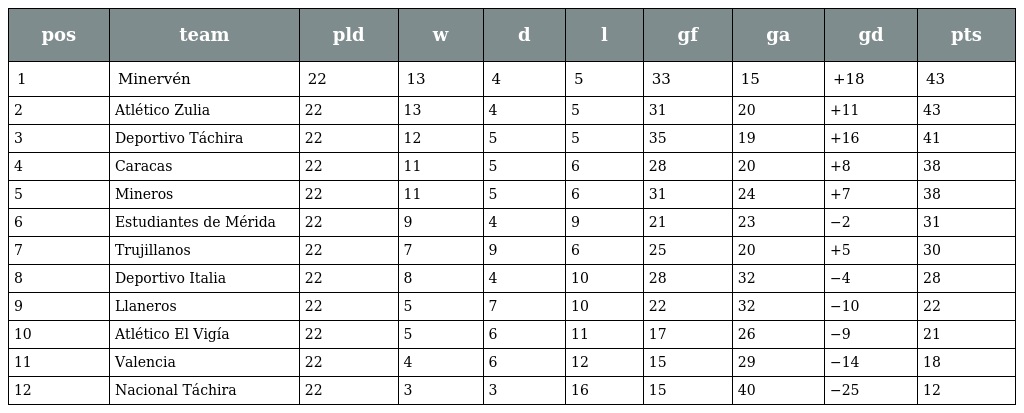
| pos | team | pld | w | d | l | gf | ga | gd | pts |
 | --- | --- | --- | --- | --- | --- | --- | --- | --- | --- |
 | 1 | Minervén | 22 | 13 | 4 | 5 | 33 | 15 | +18 | 43 |
 | 2 | Atlético Zulia | 22 | 13 | 4 | 5 | 31 | 20 | +11 | 43 |
 | 3 | Deportivo Táchira | 22 | 12 | 5 | 5 | 35 | 19 | +16 | 41 |
 | 4 | Caracas | 22 | 11 | 5 | 6 | 28 | 20 | +8 | 38 |
 | 5 | Mineros | 22 | 11 | 5 | 6 | 31 | 24 | +7 | 38 |
 | 6 | Estudiantes de Mérida | 22 | 9 | 4 | 9 | 21 | 23 | −2 | 31 |
 | 7 | Trujillanos | 22 | 7 | 9 | 6 | 25 | 20 | +5 | 30 |
 | 8 | Deportivo Italia | 22 | 8 | 4 | 10 | 28 | 32 | −4 | 28 |
 | 9 | Llaneros | 22 | 5 | 7 | 10 | 22 | 32 | −10 | 22 |
 | 10 | Atlético El Vigía | 22 | 5 | 6 | 11 | 17 | 26 | −9 | 21 |
 | 11 | Valencia | 22 | 4 | 6 | 12 | 15 | 29 | −14 | 18 |
 | 12 | Nacional Táchira | 22 | 3 | 3 | 16 | 15 | 40 | −25 | 12 |